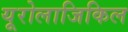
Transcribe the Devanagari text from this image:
यूरोलाजिकिल